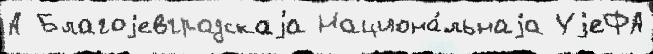
А Благоjевградскаjа Национа́льнаjа УjеФА